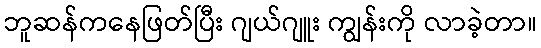
ဘူဆန်ကနေဖြတ်ပြီး ဂျယ်ဂျူး ကျွန်းကို လာခဲ့တာ။